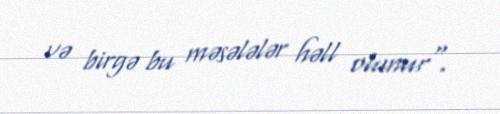
və birgə bu məsələlər həll olunur".